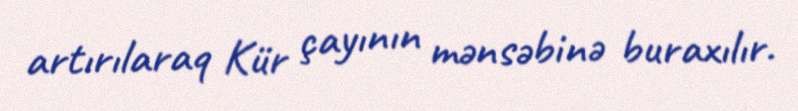
artırılaraq Kür çayının mənsəbinə buraxılır.